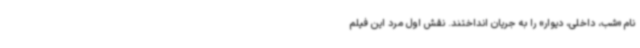
نام «شب، داخلی، دیوار» را به جریان انداختند. نقش اول مرد این فیلم